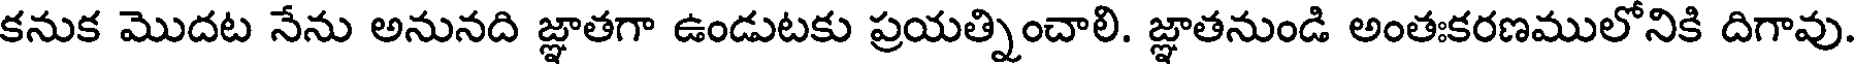
కనుక మొదట నేను అనునది జ్ఞాతగా ఉండుటకు ప్రయత్నించాలి. జ్ఞాతనుండి అంతఃకరణములోనికి దిగావు.